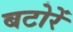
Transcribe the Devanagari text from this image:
बटोरें